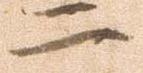
二